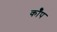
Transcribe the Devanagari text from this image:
कॉँप